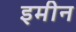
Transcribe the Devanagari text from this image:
इमीन